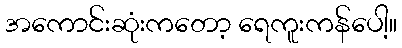
အကောင်းဆုံးကတော့ ရေကူးကန်ပေါ့။